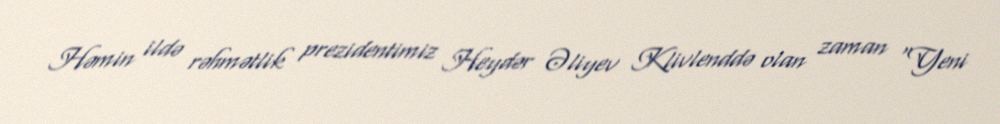
Həmin ildə rəhmətlik prezidentimiz Heydər Əliyev Klivlenddə olan zaman “Yeni